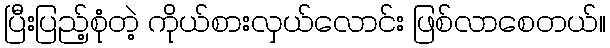
ပြီးပြည့်စုံတဲ့ ကိုယ်စားလှယ်လောင်း ဖြစ်လာစေတယ်။